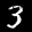
Label: 3